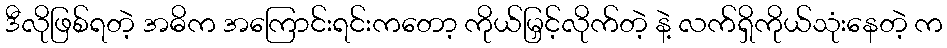
ဒီလိုဖြစ်ရတဲ့ အဓိက အကြောင်းရင်းကတော့ ကိုယ်မြှင့်လိုက်တဲ့ နဲ့ လက်ရှိကိုယ်သုံးနေတဲ့ က